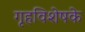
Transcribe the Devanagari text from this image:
गृहविशेषके